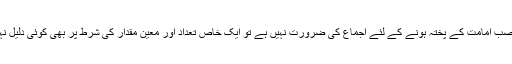
جب منصب امامت کے پختہ ہونے کے لئے اجماع کی ضرورت نہیں ہے تو ایک خاص تعداد اور معین مقدار کی شرط پر بھی کوئی دلیل نہیں ہے۔